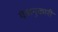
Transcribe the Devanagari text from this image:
यंत्रानुकारी